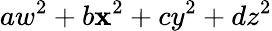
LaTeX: aw^{2}+b\mathbf{x}^{2}+cy^{2}+dz^{2}